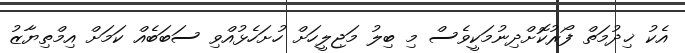
އެކު ޚިދުމަތް ފޯރުކޮށްދިނުމަކީވެސް މި ބިލު މަޖިލީހަށް ހުށަހެޅުއްވި ސަބަބެއް ކަމަށް އިމްތިޔާޒު